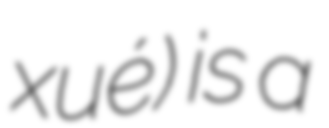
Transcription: xué) is a